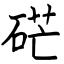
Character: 硭